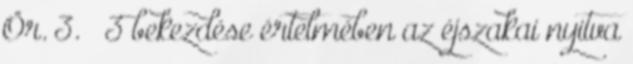
Ör. 3. § 3 bekezdése értelmében az éjszakai nyitva